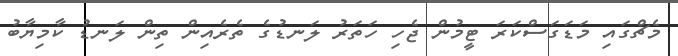
މެޗްގައި މަޑަގަސްކަރަ ޓީމުން ޖެހި ހަތަރު ލަނޑުގެ ތެރެއިން ތިން ލަނޑު ކާމިޔާބު